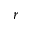
r